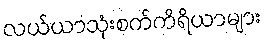
လယ်ယာသုံးစက်ကိရိယာများ